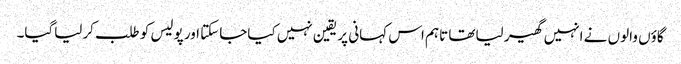
گاؤں والوں نے انہیں گھیر لیاتھا تاہم اس کہانی پر یقین نہیں کیاجاسکتا اور پولیس کو طلب کرلیاگیا۔